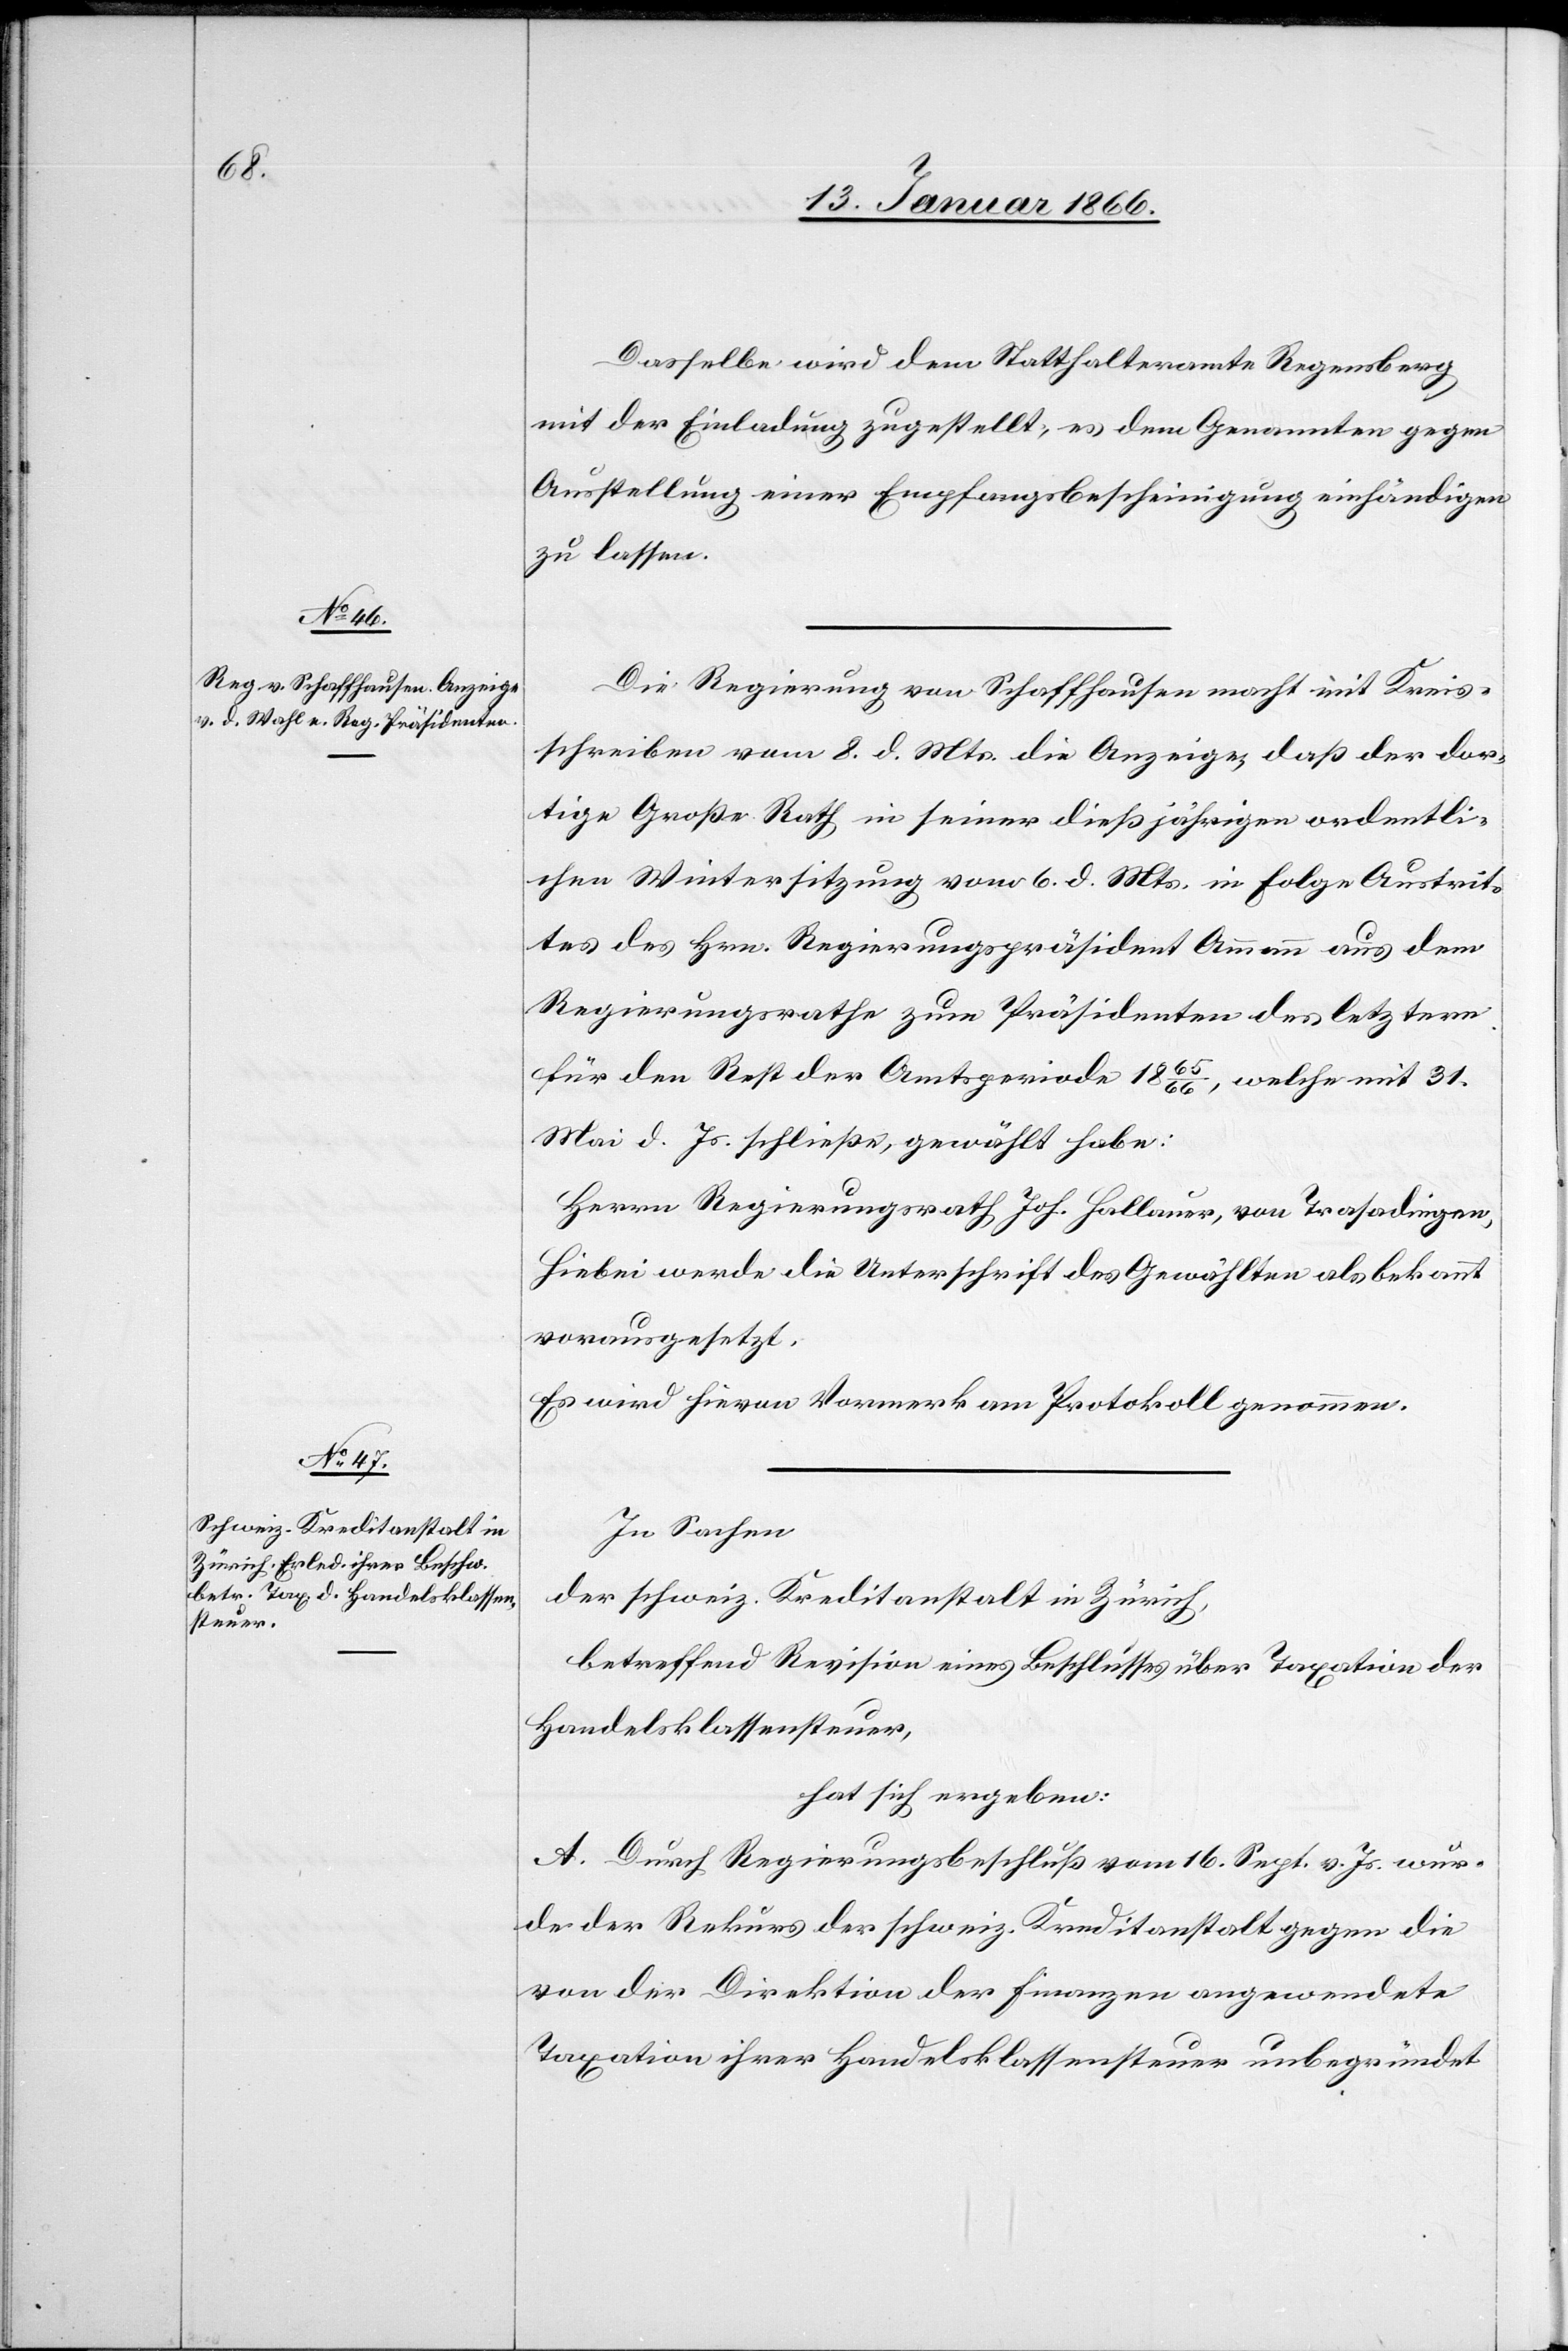
Dasselbe wird dem Statthalteramte Regensberg
mit der Einladung zugestellt, es dem Genannten gegen
Ausstellung einer Empfangsbescheinigung einhändigen
zu lassen.
Die Regierung von Schaffhausen macht mit Kreis¬
schreiben vom 8. d. Mts. die Anzeige, daß der dor¬
tige Große Rath, in seiner dießjährigen ordentli¬
chen Wintersitzung vom 6. d. Mts. in Folge Austrit¬
tes des Hrn. Regierungspräsident Ammann aus dem
Regierungsrathe zum Präsidenten des letztern
für den Rest der Amtsperiode 1865/66, welche mit 31.
Mai. d. Js. schließe, gewählt habe:
Herrn Regierungsrath Joh. Hallauer, von Trasadingen.
Hiebei werde die Unterschrift des Gewählten als bekannt
vorausgesetzt.
Es wird hievon Vormerk am Protokoll genommen.
In Sachen
der schweiz. Kreditanstalt in Zürich,
betreffend Revision eines Beschlusses über Taxation der
Handelsklassensteuer,
hat sich ergeben:
A. Durch Regierungsbeschluß vom 16. Sept. v. Js. wur¬
de der Rekurs der schweiz. Kreditanstalt gegen die
von der Direktion der Finanzen angewendete
Taxation ihrer Handelsklassensteuer unbegründet